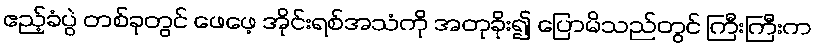
ဧည့်ခံပွဲ တစ်ခုတွင် ဖေဖေ့ အိုင်းရစ်အသံကို အတုခိုး၍ ပြောမိသည်တွင် ကြီးကြီးက